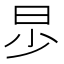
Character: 𣌤